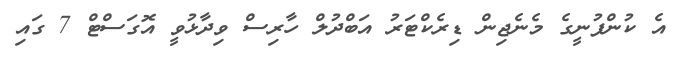
އެ ކުންފުނީގެ މެނެޖިން ޑިރެކްޓަރު އަބްދުލް ހާރިސް ވިދާޅުވީ އޮގަސްޓް 7 ގައި